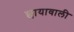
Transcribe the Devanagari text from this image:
छायावाली